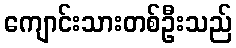
ကျောင်းသားတစ်ဦးသည်